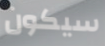
سيكون